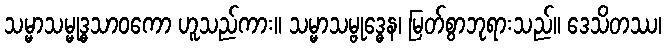
သမ္မာသမ္မုဒ္ဓသာဝကော ဟူသည်ကား။ သမ္မာသမ္ဗုဒ္ဓေန၊ မြတ်စွာဘုရားသည်။ ဒေသိတဿ၊